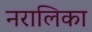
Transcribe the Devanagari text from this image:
नरालिका